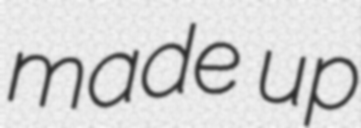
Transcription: made up